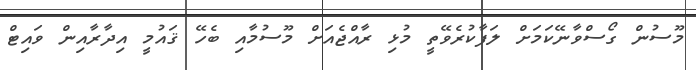
މޫސުން ގޯސްވާނޭކަމަށް ލަފާކުރެވޭތީ މުޅި ރާއްޖެއަށް މޫސުމާއި ބެހޭ ޤައުމީ އިދާރާއިން ވައިޓް